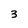
Character: 3